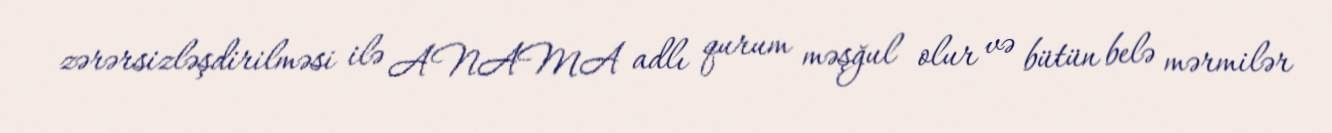
zərərsizləşdirilməsi ilə ANAMA adlı qurum məşğul olur və bütün belə mərmilər